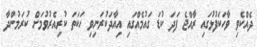
ދެއްކެވި ވާހަކަފުޅުގައި ރާއްޖެ ފަދަ ކުޑަ ގައުމެއްގައި އިއާދަކުރަނިވި ހަކަތަ ކުރިއެރުވުމަށް ކުރަމުންދާ